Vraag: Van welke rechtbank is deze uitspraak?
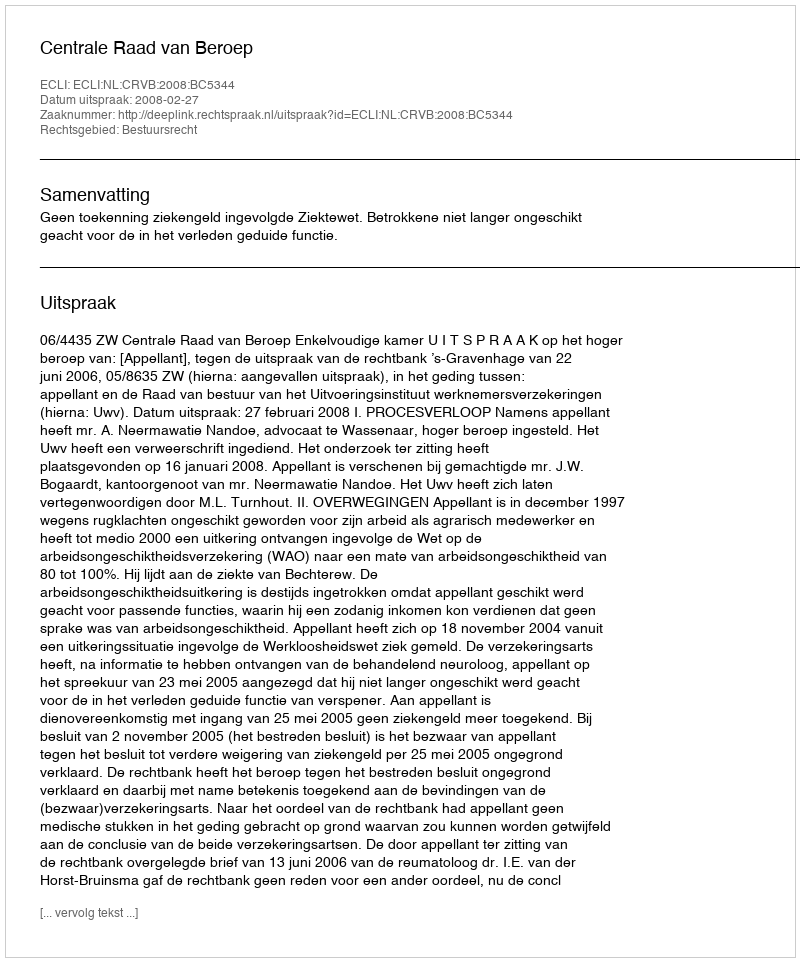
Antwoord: Centrale Raad van Beroep